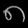
Digit: ၈